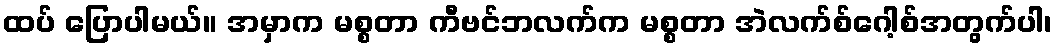
ထပ် ပြောပါမယ်။ အမှာက မစ္စတာ ကီဗင်ဘလက်က မစ္စတာ အဲလက်စ်ဂေါ့စ်အတွက်ပါ၊